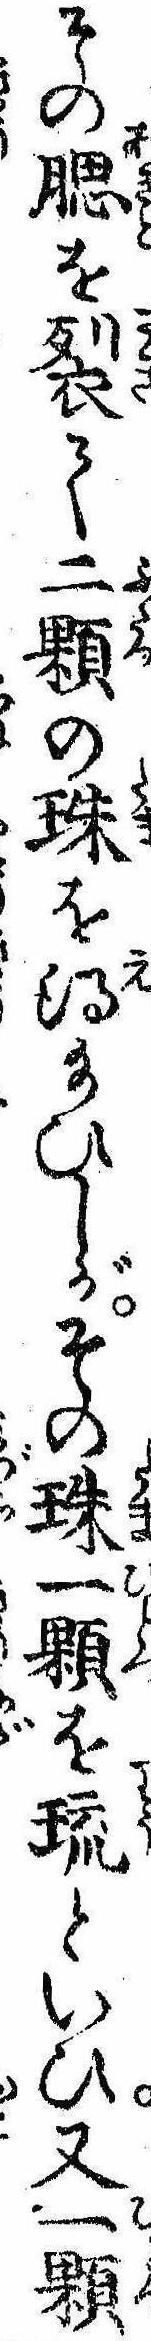
その腮を裂て二顆の珠を得給ひしがその珠一顆を琉といひ又一顆